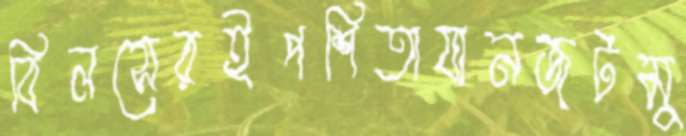
বিলসেরইপশিতাযানজটমু